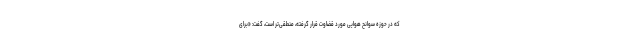
که در حوزه سوانح هوایی مورد قضاوت قرار گرفته، منطقی‌تر است، گفت: «برای